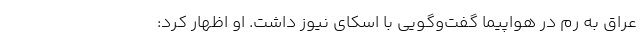
عراق به رم در هواپیما گفت‌وگویی با اسکای نیوز داشت. او اظهار کرد: